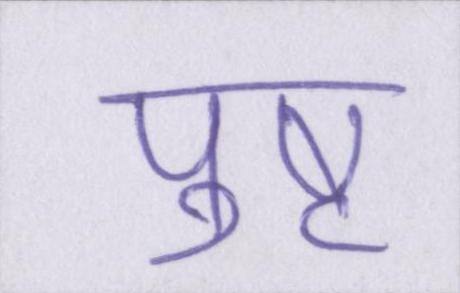
पुष्ट